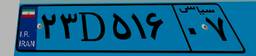
۲۳D۵۱۶۰۷